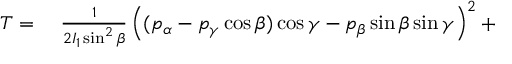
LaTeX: \begin{array} { r l } { T = { } } & { { } { \frac { 1 } { 2 I _ { 1 } \sin ^ { 2 } \beta } } \left( ( p _ { \alpha } - p _ { \gamma } \cos \beta ) \cos \gamma - p _ { \beta } \sin \beta \sin \gamma \right) ^ { 2 } + { } } \end{array}